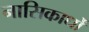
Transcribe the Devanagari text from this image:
नासिकार्धों